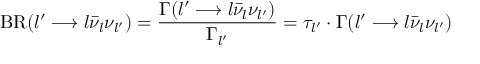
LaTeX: \mathrm { B R } ( l ^ { \prime } \longrightarrow l \bar { \nu } _ { l } \nu _ { l ^ { \prime } } ) = \frac { \Gamma ( l ^ { \prime } \longrightarrow l \bar { \nu } _ { l } \nu _ { l ^ { \prime } } ) } { \Gamma _ { l ^ { \prime } } } = \tau _ { l ^ { \prime } } \cdot \Gamma ( l ^ { \prime } \longrightarrow l \bar { \nu } _ { l } \nu _ { l ^ { \prime } } )